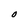
Character: O